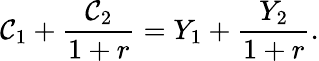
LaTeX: \mathcal{C}_{1}+{\frac{{\mathcal{C}_{2}}}{{1+r}}}=Y_{1}+{\frac{{Y_{2}}}{{1+r}}}.